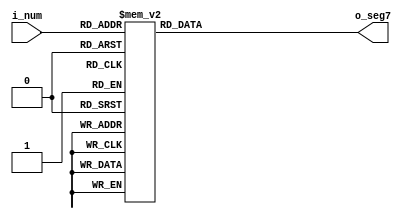
`ifndef _hex_decoder
`define _hex_decoder

module hex_decoder (
  input wire [3:0] i_num,
  output reg [6:0] o_seg7
);

  always @* begin
    case (i_num)
      4'h0: o_seg7 <= 7'b100_0000;
      4'h1: o_seg7 <= 7'b111_1001;
      4'd2: o_seg7 <= 7'b010_0100;
      4'h3: o_seg7 <= 7'b011_0000;
      4'h4: o_seg7 <= 7'b001_1001;
      4'h5: o_seg7 <= 7'b001_0010;
      4'h6: o_seg7 <= 7'b000_0010;
      4'h7: o_seg7 <= 7'b101_1000;
      4'h8: o_seg7 <= 7'b000_0000;
      4'h9: o_seg7 <= 7'b001_0000;
      4'ha: o_seg7 <= 7'b000_1000;
      4'hb: o_seg7 <= 7'b000_0011;
      4'hc: o_seg7 <= 7'b100_0110;
      4'hd: o_seg7 <= 7'b010_0001;
      4'he: o_seg7 <= 7'b000_0110;
      4'hf: o_seg7 <= 7'b000_1110;
      default: o_seg7 <= 7'bXXX_XXXX;
    endcase
  end

endmodule

`endif